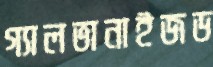
গ্যালভানাইজড